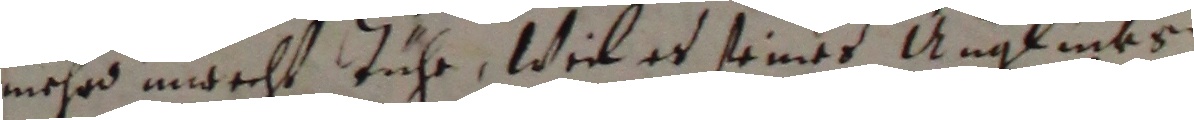
mehrd moecht tühr, weil es seines anglinks.